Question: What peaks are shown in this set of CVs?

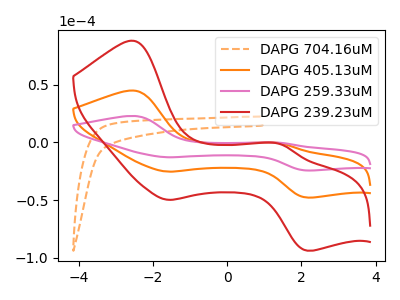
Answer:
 <answer>The orange dashed curve "DAPG 704.16uM" has no peaks. The orange curve "DAPG 405.13uM" has anodic peaks at (-2.50V, 44.85uA) (1.40V, -0.70uA) and cathodic peaks at (-1.60V, -25.40uA) (2.15V, -47.85uA). The pink curve "DAPG 259.33uM" has anodic peaks at (-2.50V, 89.70uA) (1.40V, -1.40uA) and cathodic peaks at (-1.60V, -50.75uA) (2.15V, -95.70uA). The red curve "DAPG 239.23uM" has anodic peaks at (-2.50V, 87.95uA) (1.40V, -1.40uA) and cathodic peaks at (-1.60V, -49.75uA) (2.15V, -93.80uA).</answer>
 <eval></eval>